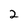
Character: 2